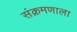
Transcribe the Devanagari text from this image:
संक्रमणाला